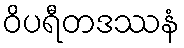
ဝိပရီတဒဿနံ